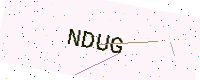
Text: NDUG